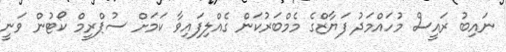
ނައިބު ރައީސް މުހައްމަދު ފަޔާޒްގެ މެމްބަރުކަން ގެއްލިފައިވާ ކަމަށް ސުޕްރީމް ކޯޓުން ވަނީ